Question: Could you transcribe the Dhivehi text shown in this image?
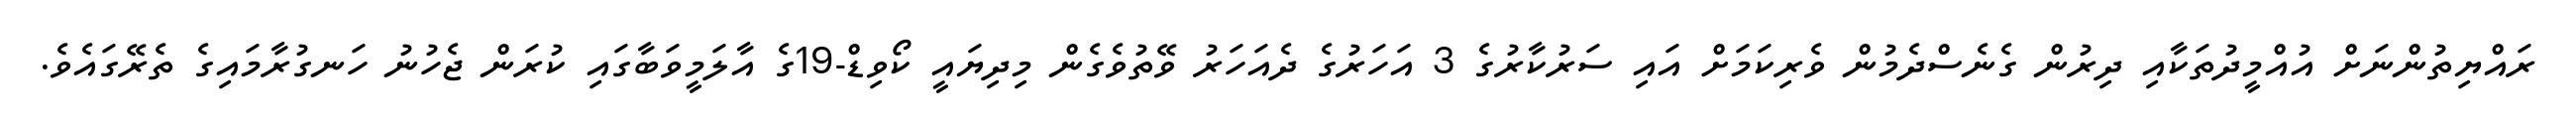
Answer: ރައްޔިތުންނަށް އުއްމީދުތަކާއި ދިރުން ގެނެސްދެމުން ވެރިކަމަށް އައި ސަރުކާރުގެ 3 އަހަރުގެ ދެއަހަރު ވޭތުވެގެން މިދިޔައީ ކޯވިޑް-19ގެ އާލަމީވަބާގައި ކުރަން ޖެހުނު ހަނގުރާމައިގެ ތެރޭގައެވެ.